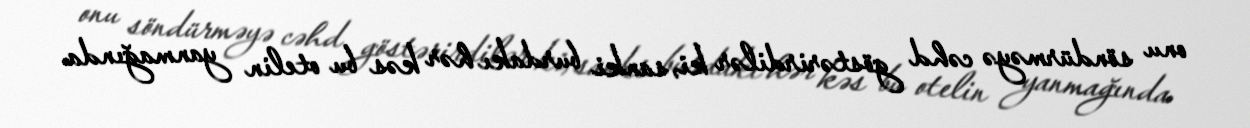
onu söndürməyə cəhd göstərirdilər ki, sanki burdakı hər kəs bu otelin yanmağında